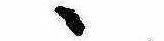
ゝ